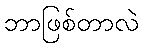
ဘာဖြစ်တာလဲ